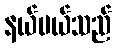
နယ်ပယ်သည်